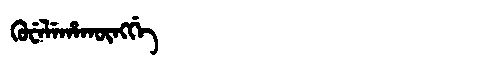
Manchu: ᡴᡠᠸᡝᠯᡝᡥᠠᡴᡡᠩᡤᡝ
Romanization: KUWELEHAKŪNGGE